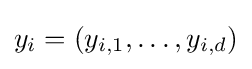
y_{i}=(y_{i,1},\ldots ,y_{i,d})